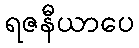
ရဇနီယာပေ